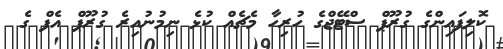
ކޮލިފައިންގެ ގުރޫޕް ސްޓޭޖްގެ ހުރިހާ މެޗެއް ކުޅެ ނިމުނުއިރެ ގުރޫޕް އެފް ގެ